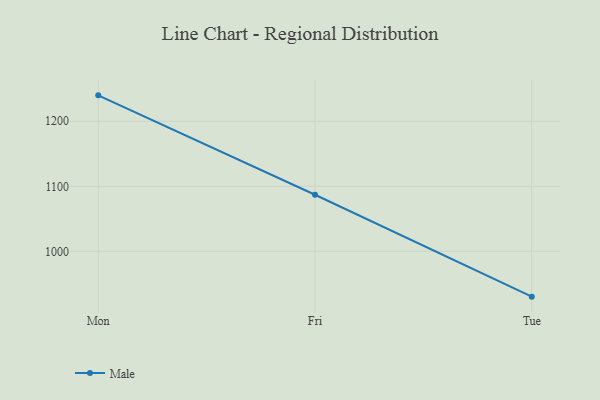
{"axis": {"x": "Day", "y": "Net Income (USD K)"}, "legend": ["Male"], "data": [{"x": "Mon", "y": 1239.9, "type": "Male"}, {"x": "Fri", "y": 1087.0, "type": "Male"}, {"x": "Tue", "y": 930.3, "type": "Male"}]}